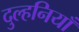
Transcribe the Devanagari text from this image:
दुल्हनियाँ